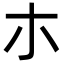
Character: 朩